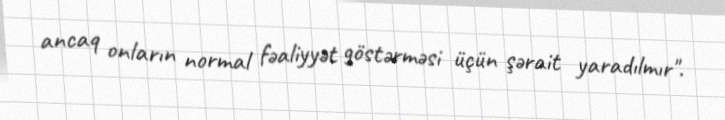
ancaq onların normal fəaliyyət göstərməsi üçün şərait yaradılmır".